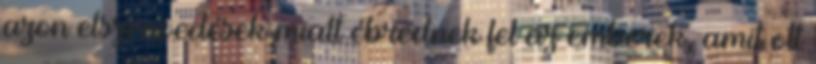
azon elszenvedések miatt ébrednek fel az emberek, amit ott